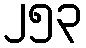
၂၅၃